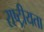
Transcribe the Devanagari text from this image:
राष्‍ट्रीयता